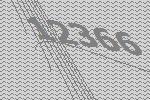
12366